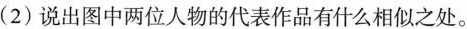
(2)说出图中两位人物的代表作品有什么相似之处。